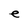
Character: e